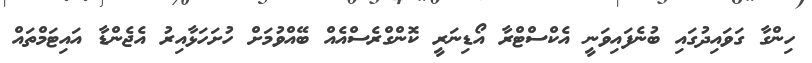
ހިންގާ ގަވައިދުގައި ބުނެފައިވަނީ އެކްސްޓްރާ އޯޑިނަރީ ކޮންގްރެސްއެއް ބޭއްވުމަށް ހުށަހަޅާއިރު އެޖެންޑާ އައިޓަމްތައް